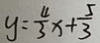
y = \frac { 4 } { 3 } x + \frac { 5 } { 3 }